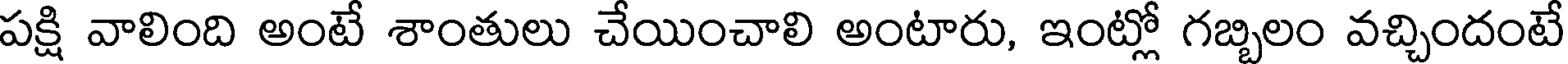
పక్షి వాలింది అంటే శాంతులు చేయించాలి అంటారు, ఇంట్లో గబ్బిలం వచ్చిందంటే